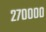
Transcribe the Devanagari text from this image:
२७००००